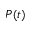
P ( t )